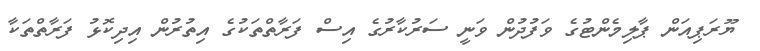
ޔޫރަޕިއަން ޕާލިމެންޓުގެ ވަފުދުން ވަނީ ސަރުކާރުގެ އިސް ފަރާތްތަކުގެ އިތުރުން އިދިކޮޅު ފަރާތްތަކާ